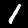
Label: 1